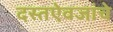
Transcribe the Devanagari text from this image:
दस्तऐवजांचे